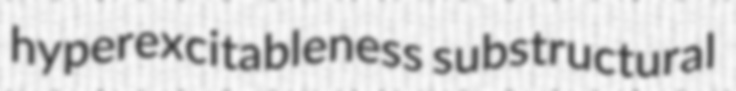
hyperexcitableness substructural